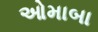
ઓમાબા